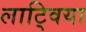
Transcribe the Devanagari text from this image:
लाट्विया